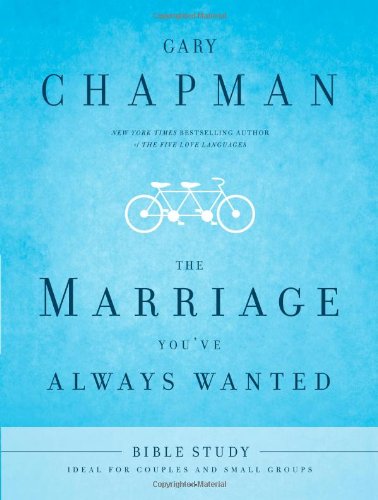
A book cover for The Marriage You've Always Wanted Bible Study; Gary Chapman; Christian Books & Bibles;